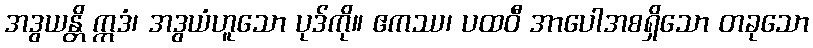
အဒွယန္တိ ဣဒံ၊ အဒွယံဟူသော ပုဒ်ကို။ ဧကဿ၊ ပထဝီ အာပေါအစရှိသော တခုသော